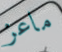
ماعز